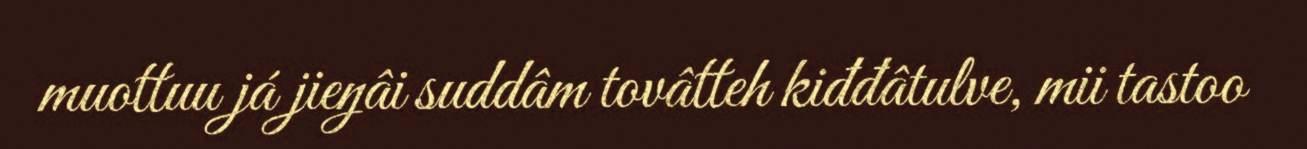
muottuu já jieŋâi suddâm tovâtteh kiđđâtulve, mii tastoo